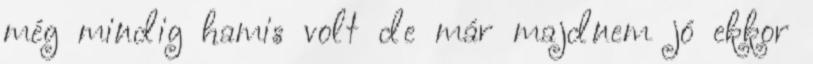
még mindig hamis volt de már majdnem jó ekkor